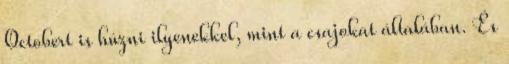
Octobert is húzni ilyenekkel, mint a csajokat általában. És